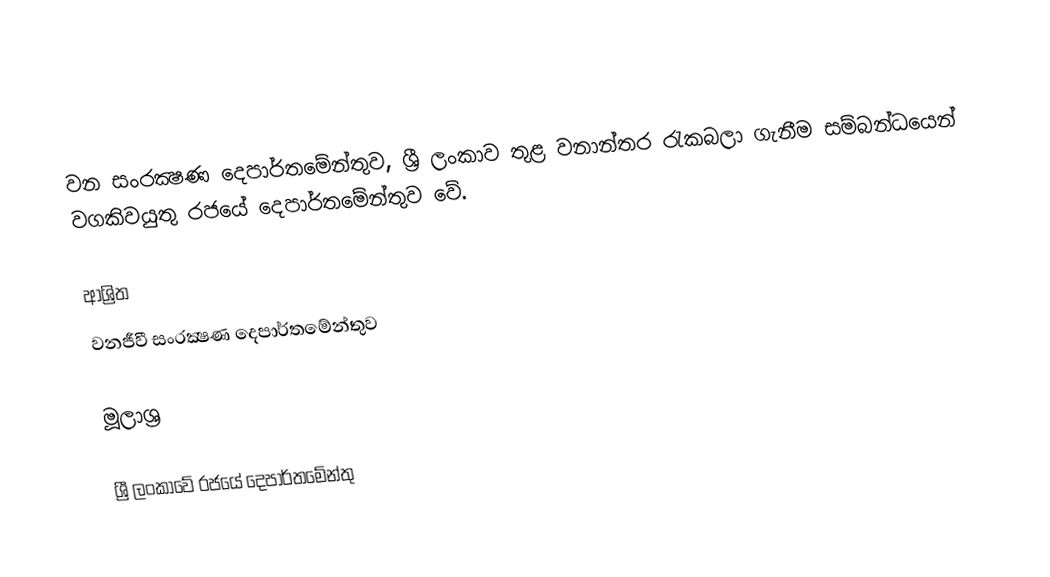
වන සංරක්‍ෂණ දෙපාර්තමේන්තුව, ශ්‍රී ලංකාව තුළ වනාන්තර රැකබලා ගැනීම සම්බන්ධයෙන් වගකිවයුතු රජයේ දෙපාර්තමේන්තුව වේ.

ආශ්‍රිත
 වනජීවී සංරක්‍ෂණ දෙපාර්තමේන්තුව

මූලාශ්‍ර

ශ්‍රී ලංකාවේ රජයේ දෙපාර්තමේන්තු